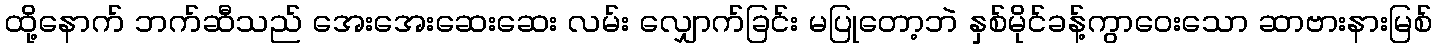
ထို့နောက် ဘက်ဆီသည် အေးအေးဆေးဆေး လမ်း လျှောက်ခြင်း မပြုတော့ဘဲ နှစ်မိုင်ခန့်ကွာဝေးသော ဆာဗားနားမြစ်